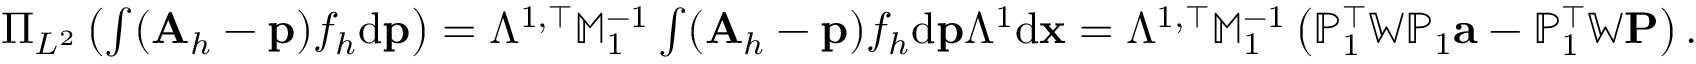
\begin{array} { r l } & { \Pi _ { L ^ { 2 } } \left( \int ( { \mathbf A } _ { h } - { \mathbf p } ) f _ { h } \mathrm { d } { \mathbf p } \right) = \mathbb { \Lambda } ^ { 1 , \top } \mathbb { M } _ { 1 } ^ { - 1 } \int ( { \mathbf A } _ { h } - { \mathbf p } ) f _ { h } \mathrm { d } { \mathbf p } \mathbb \Lambda ^ { 1 } \mathrm { d } { \mathbf x } = \mathbb { \Lambda } ^ { 1 , \top } \mathbb { M } _ { 1 } ^ { - 1 } \left( { \mathbb P } _ { 1 } ^ { \top } \mathbb { W } { \mathbb P } _ { 1 } { \mathbf a } - \mathbb { P } _ { 1 } ^ { \top } \mathbb { W } { \mathbf P } \right) . } \end{array}